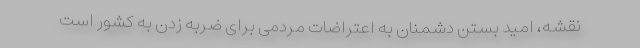
نقشه، امید بستن دشمنان به اعتراضات مردمی برای ضربه زدن به کشور است